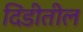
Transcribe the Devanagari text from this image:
दिंडीतील